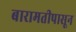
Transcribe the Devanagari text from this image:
बारामतीपासून